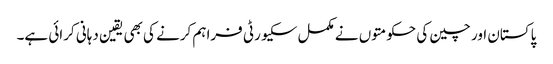
پاکستان اور چین کی حکومتوں نے مکمل سکیورٹی فراہم کرنے کی بھی یقین دہانی کرائی ہے۔